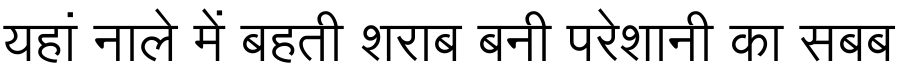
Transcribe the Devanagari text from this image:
यहां नाले में बहती शराब बनी परेशानी का सबब